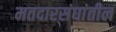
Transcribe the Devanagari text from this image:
मतदारसंघांतील